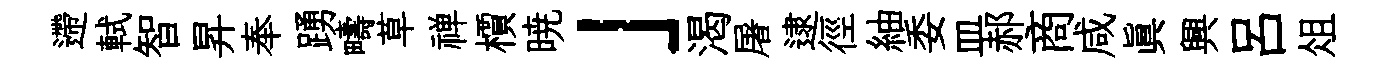
遰軾智昇奉踴疇草禅檟暁」渴屠逮徑紬委皿郝商咸眞興呂俎